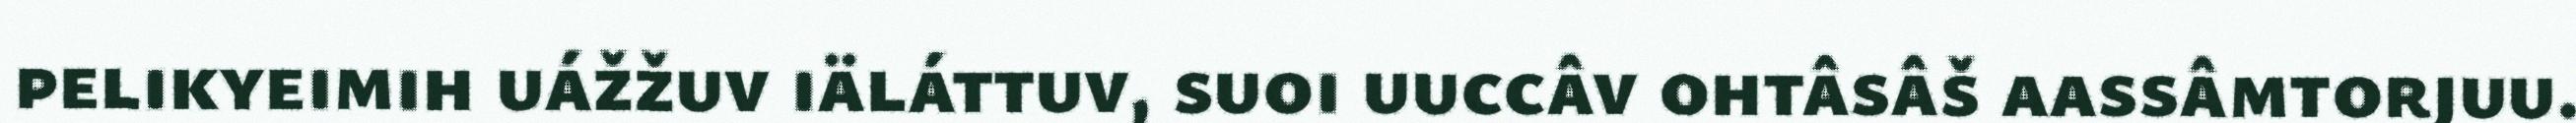
pelikyeimih uážžuv iäláttuv, suoi uuccâv ohtâsâš aassâmtorjuu.